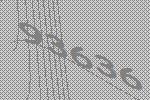
93636